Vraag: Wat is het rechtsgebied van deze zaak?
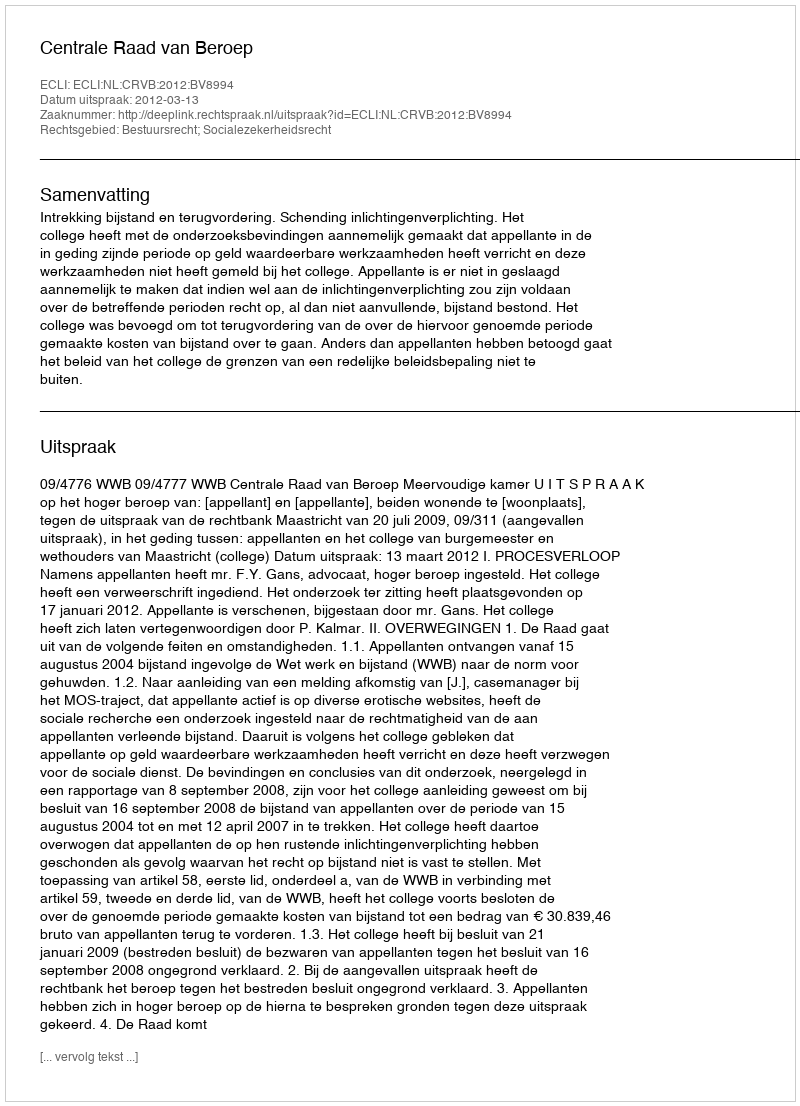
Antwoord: Bestuursrecht; Socialezekerheidsrecht